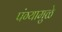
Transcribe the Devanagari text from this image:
पंग्यामुळे